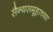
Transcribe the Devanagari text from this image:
सैन्यसमूहाच्या